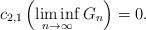
LaTeX: \begin{align*}c_{2,1}\left(\liminf_{n\to\infty}G_{n}\right)=0.\end{align*}